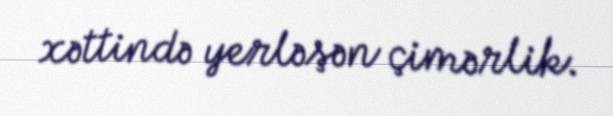
xəttində yerləşən çimərlik.